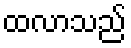
ထလာသည်